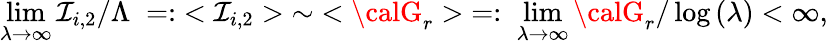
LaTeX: \operatorname*{lim}_{\lambda\to\infty}\mathcal{I}_{i,2}/\Lambda\; =:\; <\mathcal{I}_{i,2}>\; \sim\; <{\calG}_{r}>\; =:\; \operatorname*{lim}_{\lambda\to\infty}{\calG}_{r}/\log{(\lambda)}<\infty,